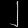
Digit: ၂